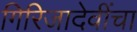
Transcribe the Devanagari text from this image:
गिरिजादेवींचा